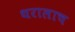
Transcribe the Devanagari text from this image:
थरालाच